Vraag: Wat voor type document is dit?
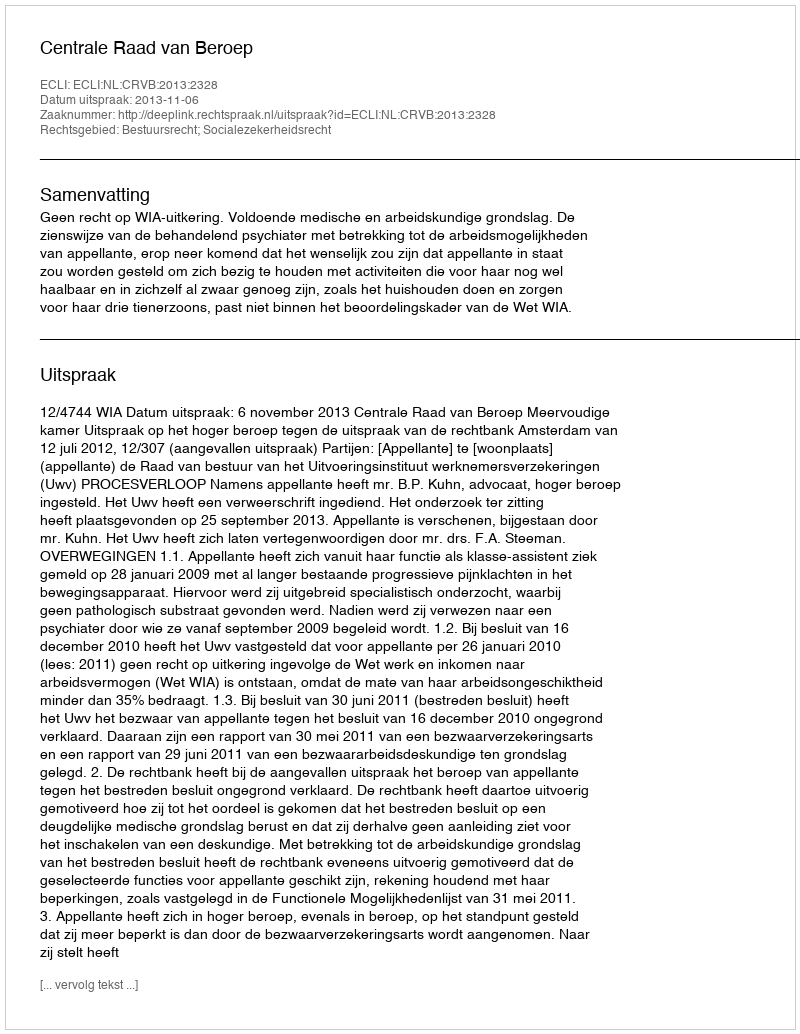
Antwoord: Uitspraak